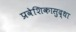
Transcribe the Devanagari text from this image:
प्रवेशिकासुद्धा